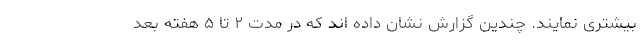
بیشتری نمایند. چندین گزارش نشان داده اند که در مدت ۲ تا ۵ هفته بعد